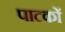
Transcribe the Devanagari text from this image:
पाटकों